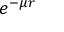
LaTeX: e ^ { - \mu r }